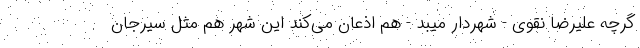
گرچه علیرضا نقوی - شهردار میبد - هم اذعان می‌کند این شهر هم مثل سیرجان